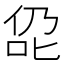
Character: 𪝁